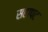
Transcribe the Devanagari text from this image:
सहापट